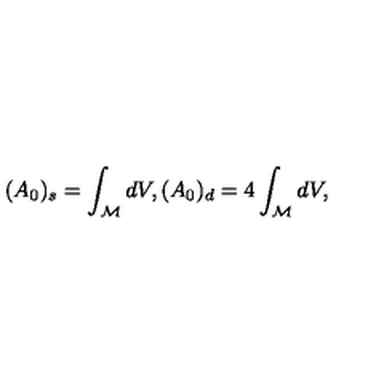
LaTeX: ( A _ { 0 } ) _ { s } = \int _ { \cal M } d V , ( A _ { 0 } ) _ { d } = 4 \int _ { \cal M } d V ,